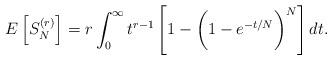
LaTeX: \begin{align*}E\left[S_N^{(r)}\right] = r \int_0^{\infty} t^{r-1} \left[1 - \bigg(1 - e^{- t / N}\bigg)^N \right] dt.\end{align*}